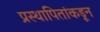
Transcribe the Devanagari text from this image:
प्रस्थापितांकडून